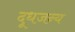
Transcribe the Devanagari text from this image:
दूधजन्य